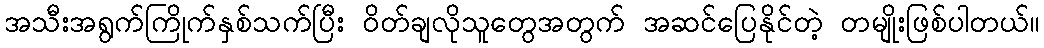
အသီးအရွက်ကြိုက်နှစ်သက်ပြီး ဝိတ်ချလိုသူတွေအတွက် အဆင်ပြေနိုင်တဲ့ တမျိုးဖြစ်ပါတယ်။